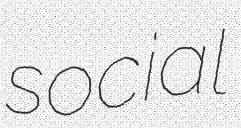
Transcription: social